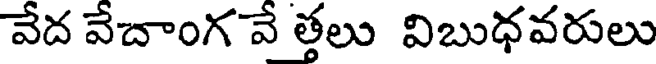
వేద వేదాంగ వే త్తలు విబుధవరులు